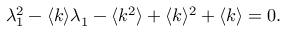
\lambda _ { 1 } ^ { 2 } - \langle k \rangle \lambda _ { 1 } - \langle k ^ { 2 } \rangle + \langle k \rangle ^ { 2 } + \langle k \rangle = 0 .